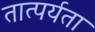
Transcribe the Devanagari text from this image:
तात्पर्यता